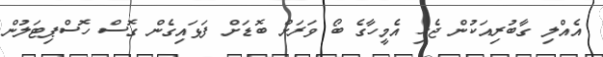
އެއްލި ގާބުރިއަކުން ޖެހި އެމީހާގެ ބޯ ވަރަށް ބޮޑަށް ފަޅައިގެން ގޮސް ހޮސްޕިޓަލުން